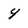
Character: 4